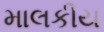
માલકીય